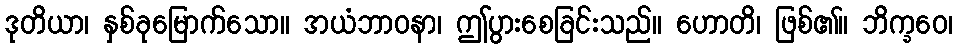
ဒုတိယာ၊ နှစ်ခုမြောက်သော။ အယံဘာဝနာ၊ ဤပွားစေခြင်းသည်။ ဟောတိ၊ ဖြစ်၏။ ဘိက္ခဝေ၊